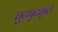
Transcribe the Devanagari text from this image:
चुटपुटकुले